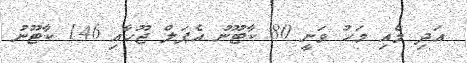
އަދި މެއި މަހު ވަނީ 80 ކާޓޫނު އެޕަލް ޖޫހާއި 146 ކާޓޫނު